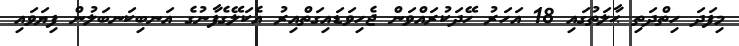
މިފަދަ ހިތްދަތި ޙާލަތުގައި 18 އަހަރު ހޭދަކުރައްވަން ޖެހިވަޑައިގަތްއިރު އެކަލޭގެފާނުގެ އަނބިކަނބަލުން ފިޔަވައި